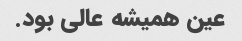
عین همیشه عالی بود.